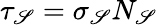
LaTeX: \tau_{\mathscr{S}}=\sigma_{\mathscr{S}}N_{\mathscr{S}}